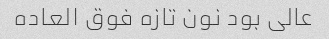
عالی بود نون تازه فوق العاده